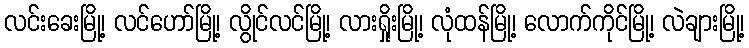
လင်းခေးမြို့၊ လင်ဟော်မြို့၊ လွိုင်လင်မြို့၊ လားရှိုးမြို့၊ လုံထန်မြို့၊ လောက်ကိုင်မြို့၊ လဲချားမြို့၊